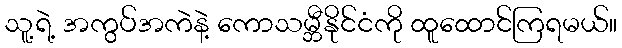
သူ့ရဲ့ အကွပ်အကဲနဲ့ ကောသမ္ဘီနိုင်ငံကို ထူထောင်ကြရမယ်။